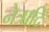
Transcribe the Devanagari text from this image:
नेत्रादि